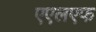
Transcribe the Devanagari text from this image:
एएलएफ